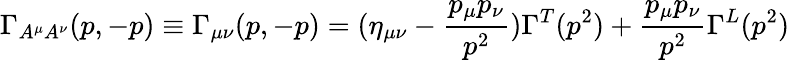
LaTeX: \Gamma_{A^{\mu}A^{\nu}}(p,-p)\equiv\Gamma_{\mu\nu}(p,-p)=(\eta_{\mu\nu}-\frac{p_{\mu}p_{\nu}}{p^{2}})\Gamma^{T}(p^{2})+\frac{p_{\mu}p_{\nu}}{p^{2}}\Gamma^{L}(p^{2})